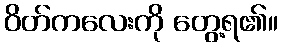
ဝိတ်ကလေးကို တွေ့ရ၏။